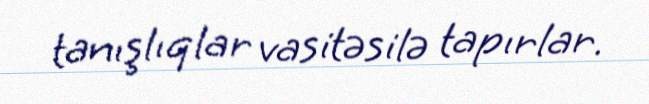
tanışlıqlar vasitəsilə tapırlar.